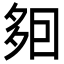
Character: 𡖣